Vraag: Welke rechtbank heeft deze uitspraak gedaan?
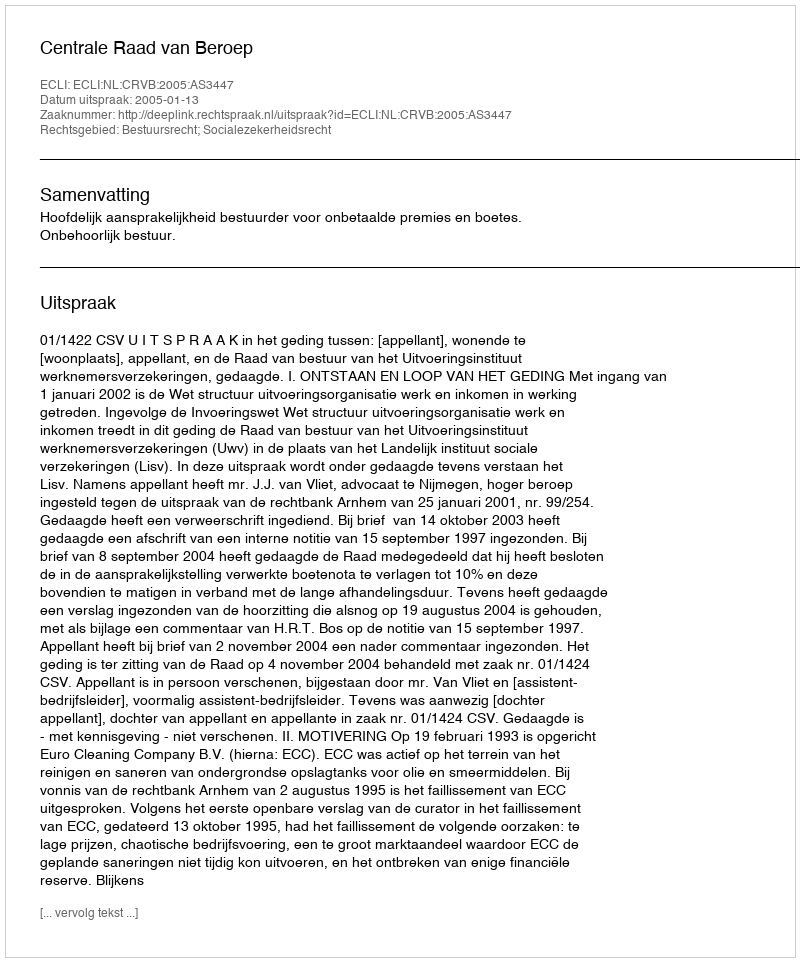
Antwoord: Centrale Raad van Beroep